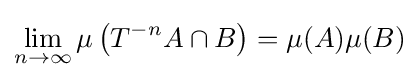
\lim _{n\to \infty }\mu \left(T^{-n}A\cap B\right)=\mu (A)\mu (B)